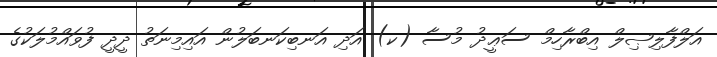
އަލްފާލިޞިލް އިބްރާހިމް ސަޢީދު މުސާ (ކ) އަދި އަނބިކަނބަލުން އައިމިނަތު ދީދީ ފުވައްމުލަކުގެ